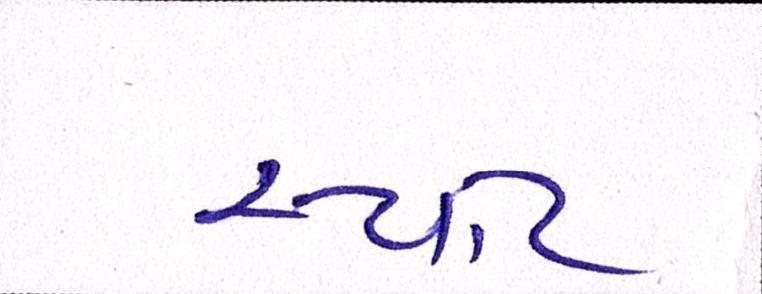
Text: સ્પોટ